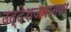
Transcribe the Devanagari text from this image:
उद्देशजपानला